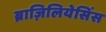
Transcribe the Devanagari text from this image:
ब्राज़िलियेसिंस